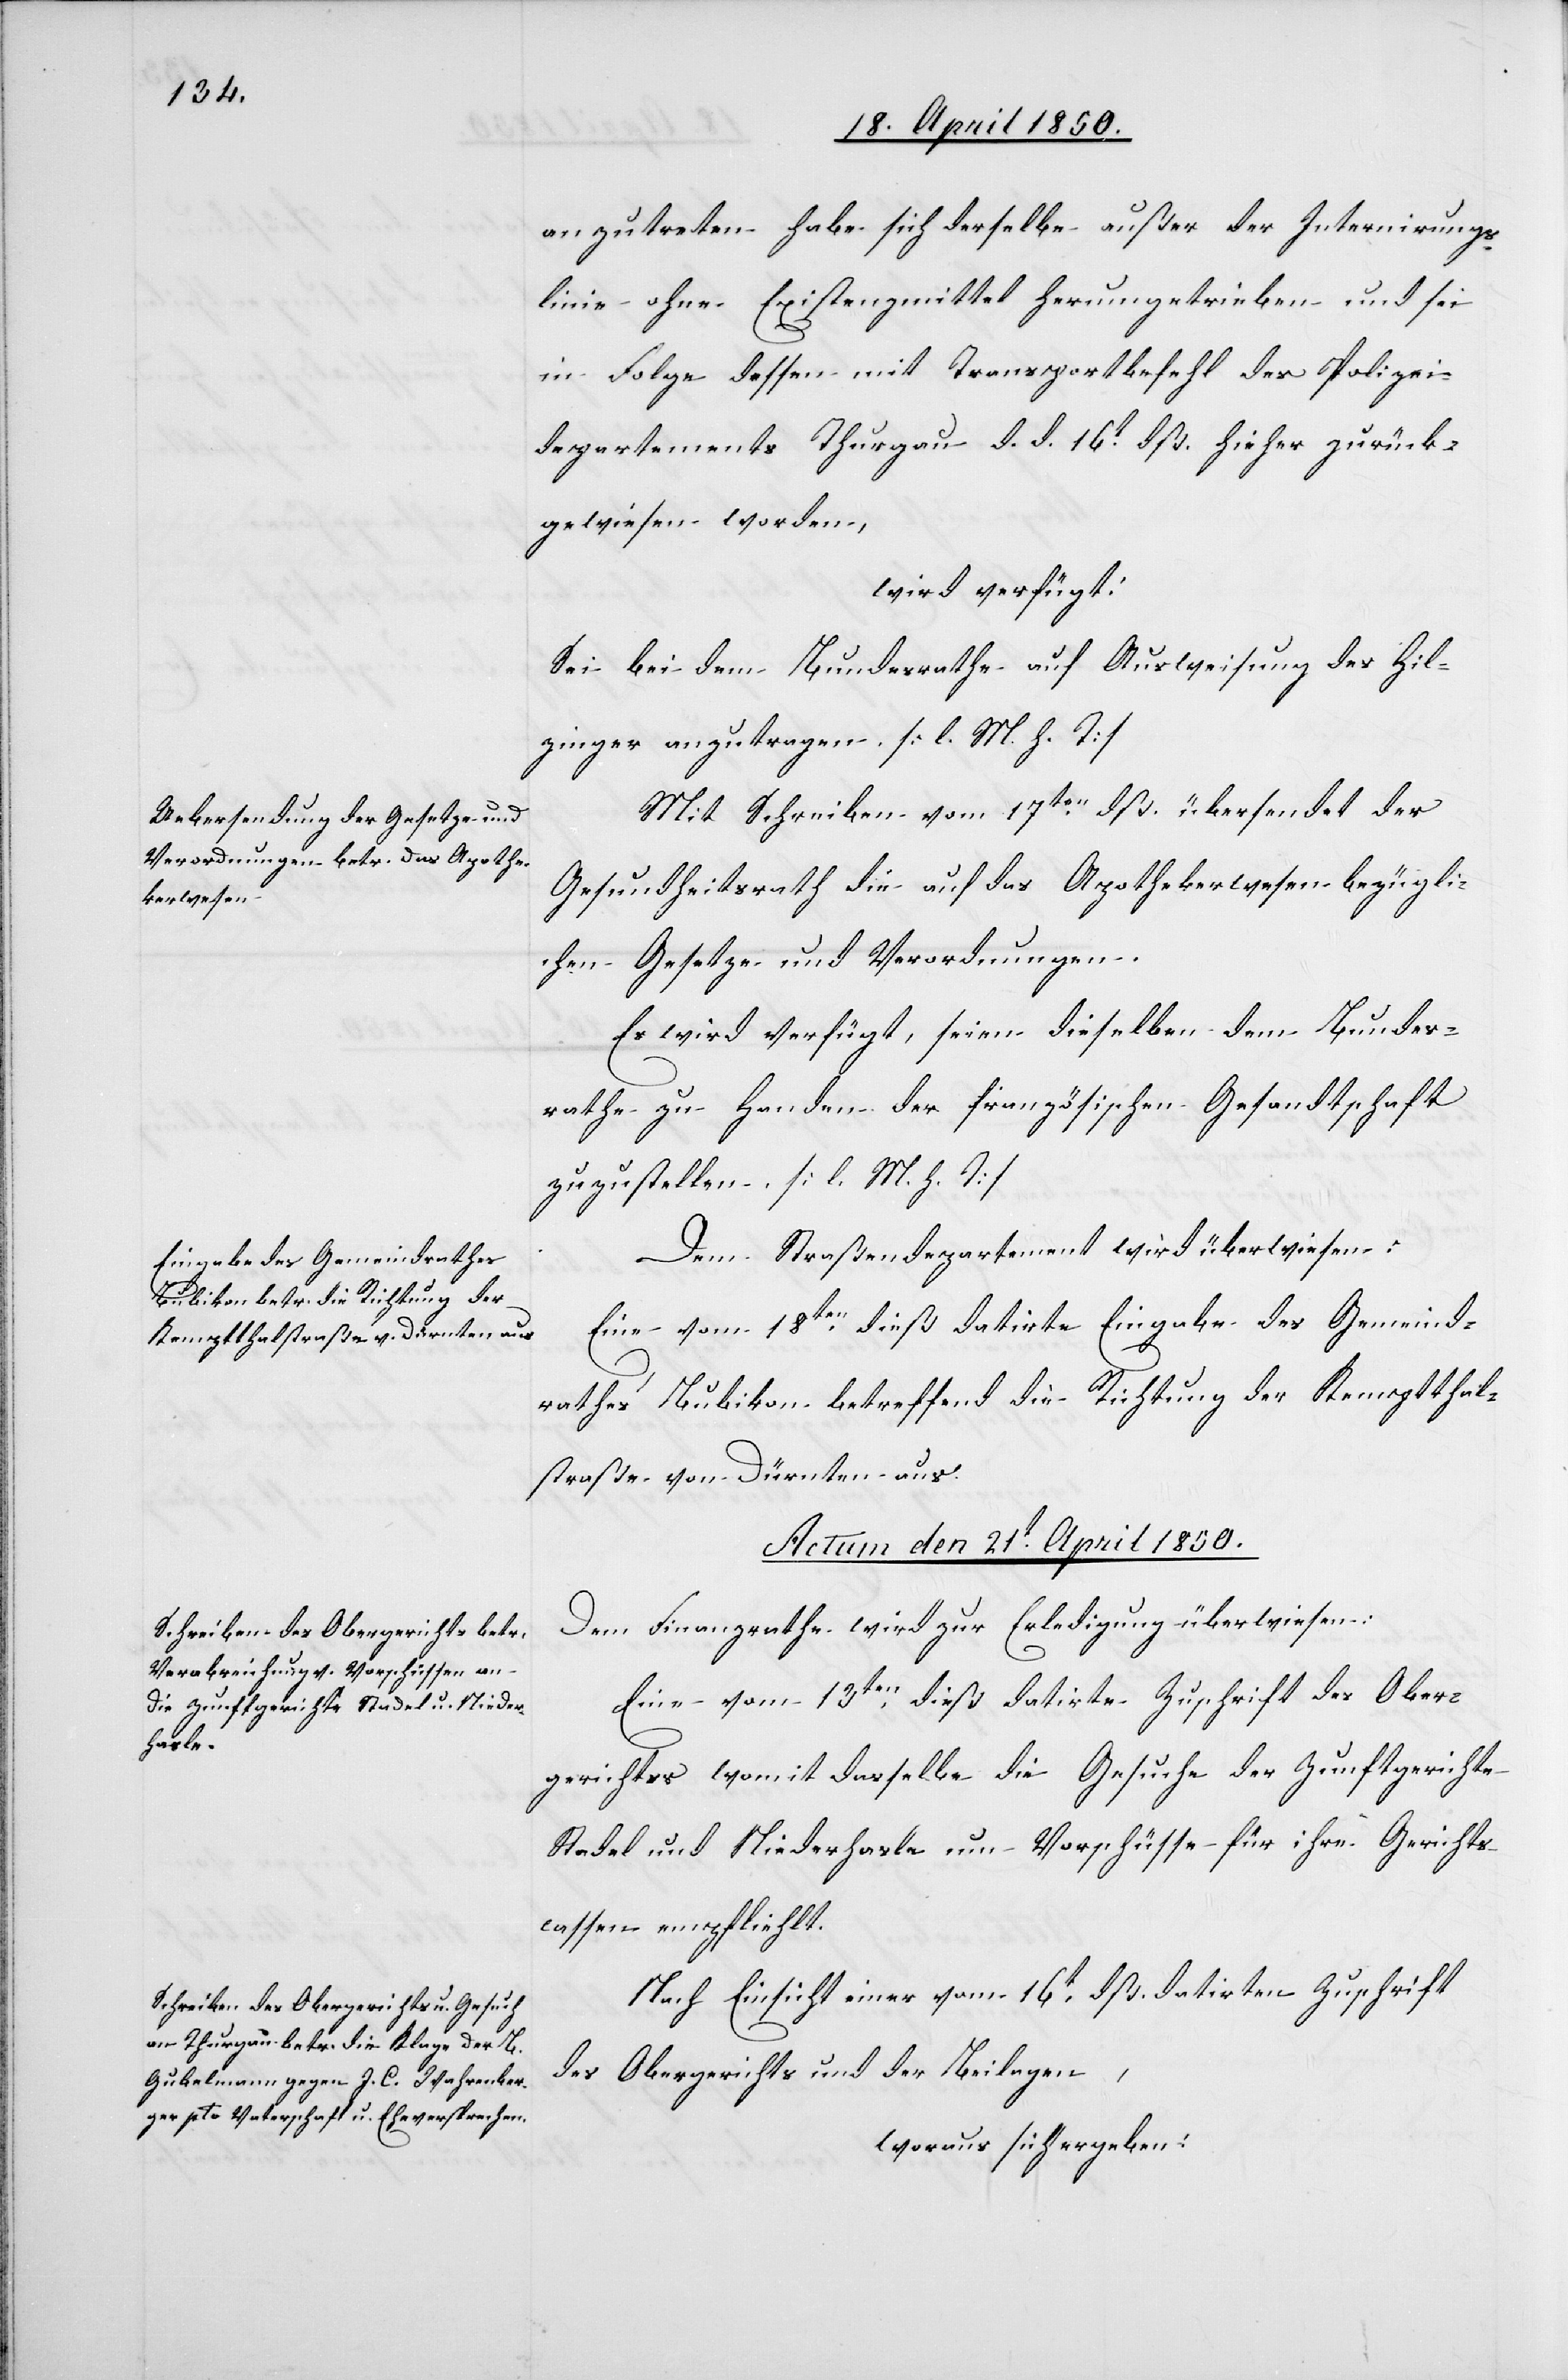
anzutreten habe sich derselbe außer der Internirungs¬
linie ohne Existenzmittel herumgetrieben und sei
in Folge dessen mit Transportbefehl des Polizei¬
departements Thurgau d. d. 16t dß. hieher zurück¬
gewiesen worden,
wird verfügt:
Sei bei dem Bundesrathe auf Ausweisung des Hil¬
zinger anzutragen [l. M. h. T]
Mit Schreiben vom 17ten dß. übersendet der
Gesundheitsrath die auf das Apothekerwesen bezügli¬
chen Gesetze und Verordnungen.
Es wird verfügt, seien dieselben dem Bundes¬
rathe zu Handen der französischen Gesandtschaft
zuzustellen. [l. M. h. T]
Dem Straßendepartement wird überwiesen:
Eine vom 18ten dieß datirte Eingabe des Gemeind¬
rathes Bubikon betreffend die Richtung der Kemptthal¬
straße von Dürnten aus.
Actum den 21t April 1850.]
Dem Finanzrathe wird zur Erledigung überwiesen:
Eine vom 13ten dieß datirte Zuschrift des Ober¬
gerichtes womit dasselbe die Gesuche der Zunftgerichte
Stadel und Niederhasle um Vorschüsse für ihre Gerichts¬
cassen empfliehlt
Nach Einsicht einer vom 16t dß. datirten Zuschrift
des Obergerichts und der Beilage,
woraus sich ergeben: